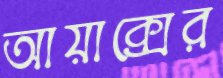
আয়াক্সের